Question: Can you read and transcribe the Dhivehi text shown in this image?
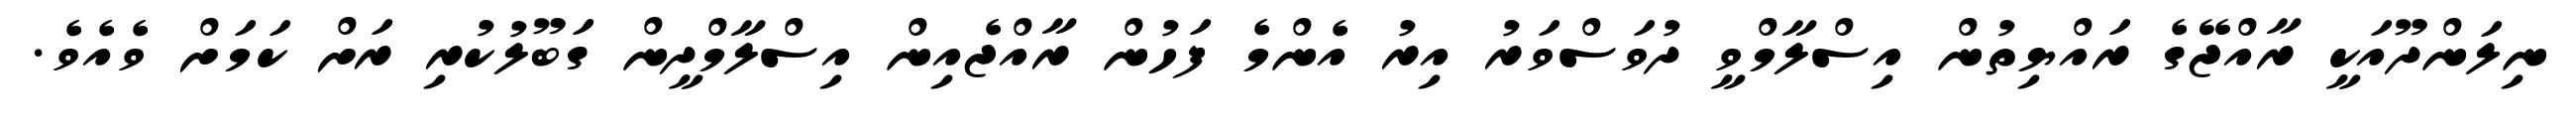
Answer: ނިލަންދޫއަކީ ރާއްޖޭގެ ރައްޔިތުން އިސްލާމްވީ ދުވަސްވަރު އިރު އެންމެ ފަހުން ރާއްޖެއިން އިސްލާމްދީން ގަބޫލުކުރި ރަށް ކަމަށް ވެއެވެ.